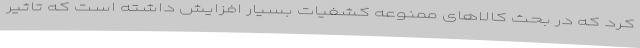
کرد که در بحث کالاهای ممنوعه کشفیات بسیار افزایش داشته است که تاثیر